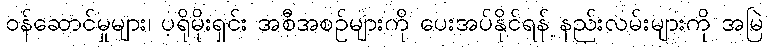
ဝန်ဆောင်မှုများ၊ ပရိုမိုးရှင်း အစီအစဉ်များကို ပေးအပ်နိုင်ရန် နည်းလမ်းများကို အမြဲ